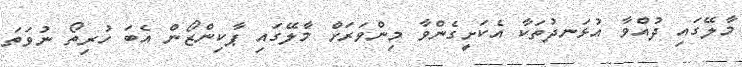
މާލޭގައި ދުއްވާ އުޅަނދުތަކާ އެކަށީގެންވާ މިންވަރަށް މާލޭގައި ޕާކިންޒޯން އެބަ ހުރިތޯ ނުވަތަ